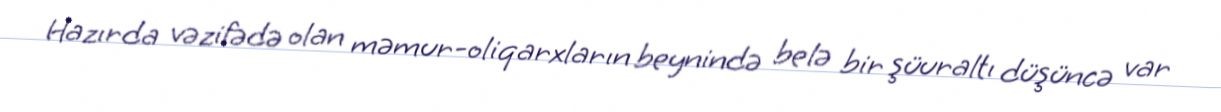
Hazırda vəzifədə olan məmur-oliqarxların beynində belə bir şüuraltı düşüncə var